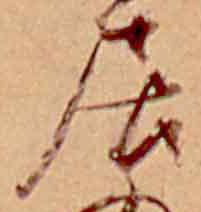
居